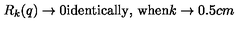
R _ { k } ( q ) \to 0 \mathrm { i d e n t i c a l l y , } \ \mathrm { w h e n } k \to 0 \hspace { 0 . 5 c m }